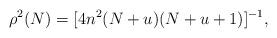
LaTeX: \begin{align*} \rho^{2}(N)=[4 n^{2}(N+u)(N+u+1)]^{-1},\end{align*}